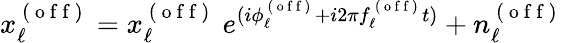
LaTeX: x_{\ell}^{\mathrm{~(~o~f~f~)~}}=x_{\ell}^{\mathrm{~(~o~f~f~)~}}\ e^{(i\phi_{\ell}^{\mathrm{~(~o~f~f~)~}}+i2\pi f_{\ell}^{\mathrm{~(~o~f~f~)~}}t)}+n_{\ell}^{\mathrm{~(~o~f~f~)~}}